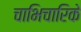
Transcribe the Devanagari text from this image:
चाभिचारिके